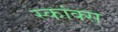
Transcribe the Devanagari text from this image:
स्कांक्स